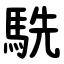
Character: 駪